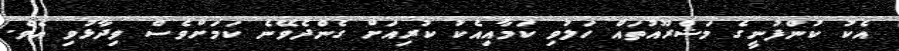
އެކު ކުންފުނީގެ މަޝްރޫއުތައް ހަލުވި ކަމާއިއެކު ކުރިއަށް ގެންދެވޭނެ ކަމަށްވެސް ވިދާޅުވި އެވެ.